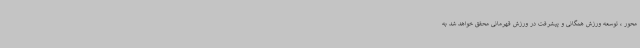
محور ، توسعه ورزش همگانی و پیشرفت در ورزش قهرمانی محقق خواهد شد به